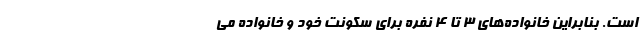
است. بنابراین خانواده‌های 3 تا 4 نفره برای سکونت خود و خانواده می